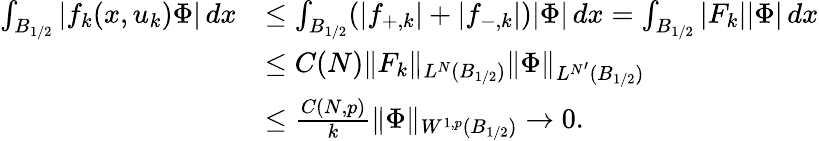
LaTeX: \begin{array}{rl}{\int_{B_{1/2}}|f_{k}(x,u_{k})\Phi|\, dx}&{\le\int_{B_{1/2}}(|f_{+,k}|+|f_{-,k}|)|\Phi|\, dx=\int_{B_{1/2}}|F_{k}||\Phi|\, dx}\\ &{\le C(N)\| F_{k}\| _{L^{N}(B_{1/2})}\| \Phi\| _{L^{N^{\prime}}(B_{1/2})}}\\ &{\le\frac{C(N,p)}{k}\| \Phi\| _{W^{1,p}(B_{1/2})}\to 0.}\end{array}